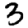
Digit: 3